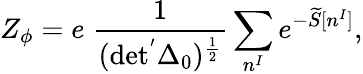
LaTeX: Z_{\phi}=e\; \frac{1}{(\mathrm{det^{'}\Delta_{0})^{\frac{1}{2}}}}\sum_{n^{I}}e^{-\widetilde{S}[n^{I}]},